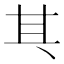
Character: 𠀪